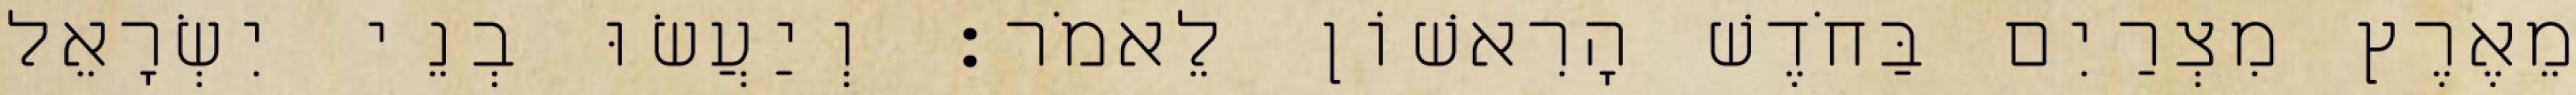
מֵאֶרֶץ מִצְרַיִם בַּחֹדֶשׁ הָרִאשׁוֹן לֵאמֹר׃ וְיַעֲשׂוּ בְנֵי יִשְׂרָאֵל